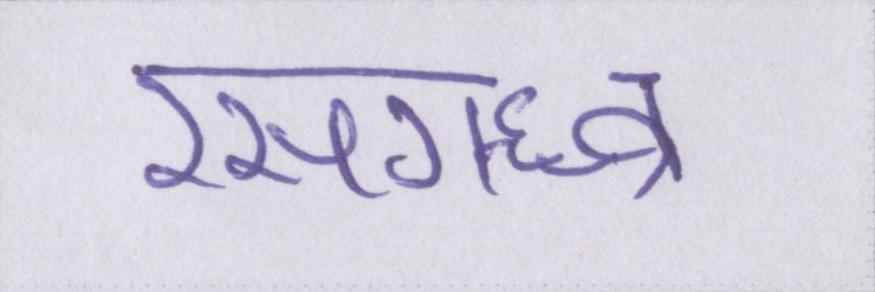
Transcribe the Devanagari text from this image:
रसगन्ध्र्व